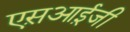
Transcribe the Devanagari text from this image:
एस़आई़जी